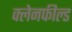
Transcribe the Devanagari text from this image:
क्लेनफील्ड